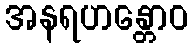
အနရဟန္တောဝ